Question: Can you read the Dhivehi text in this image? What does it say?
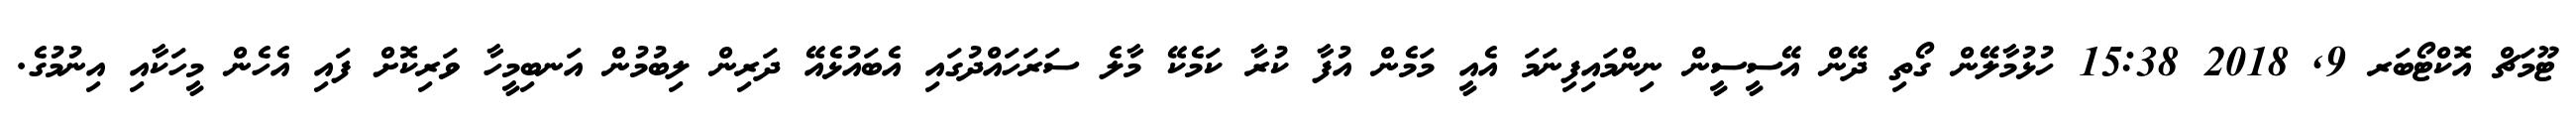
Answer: ޓޫމަޗް އޮކްޓޯބަރ 9, 2018 15:38 ހުޅުމާލޭން ގޯތި ދޭން އޭސީސީން ނިންމައިފިނަމަ އެއީ މަމެން އުފާ ކުރާ ކަމެކޭ މާލެ ސަރަހައްދުގައި އެބައުޅެއޭ ދަރިން ލިބުމުން އަނބިމީހާ ވަރިކޮށް ފައި އެހެން މީހަކާއި އިނުމުގެ.